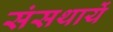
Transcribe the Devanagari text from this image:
संसथायें